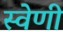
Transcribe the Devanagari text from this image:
स्वेणी